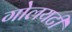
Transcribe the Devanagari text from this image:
गोलयटी